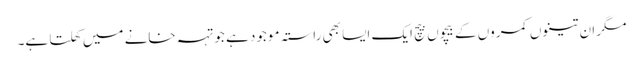
مگر ان تینوں کمروں کے بیچوں بیچ ایک ایسا بھی راستہ موجود ہے جو تہہ خانے میں کھلتا ہے۔